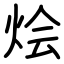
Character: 烩